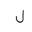
Letter: _lam